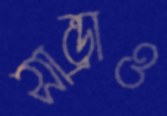
সান্ড্রাও